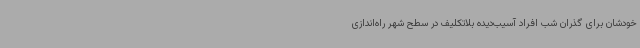
خودشان برای گذران شب افراد آسیب‌دیده بلاتکلیف در سطح شهر راه‌اندازی